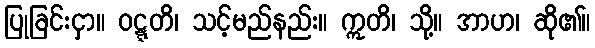
ပြုခြင်းငှာ။ ဝဋ္ဋတိ၊ သင့်မည်နည်း။ ဣတိ၊ သို့။ အာဟ၊ ဆို၏။